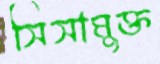
সিসামুক্ত